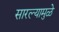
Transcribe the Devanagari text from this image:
सारल्यामुळे